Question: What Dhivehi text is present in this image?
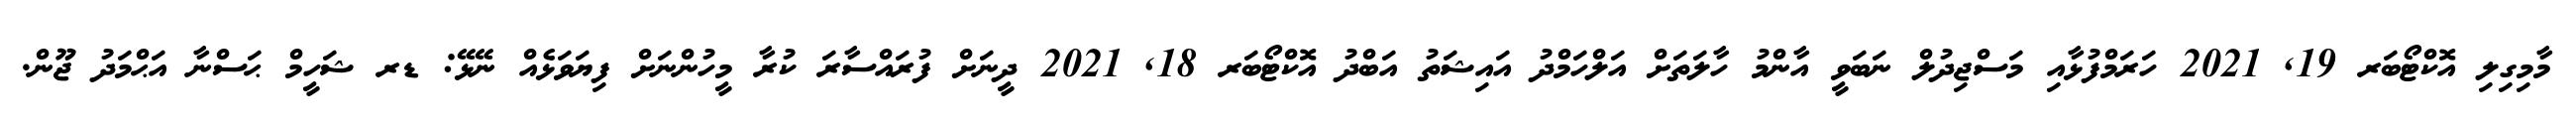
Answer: މާމިގިލި އޮކްޓޯބަރ 19, 2021 ހަރަމްފުޅާއި މަސްޖިދުލް ނަބަވީ އާންމު ހާލަތަށް އަލްހަމްދު އައިޝަތު އަބްދު އޮކްޓޯބަރ 18, 2021 ދީނަށް ފުރައްސާރަ ކުރާ މީހުންނަށް ފިޔަވަޅެއް ނޭޅޭ: ޑރ ޝަހީމް ޙަސްނާ އަޙްމަދު ޖޫން.